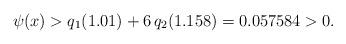
LaTeX: \begin{align*}\psi(x)> q_1(1.01) +6 \, q_2(1.158) = 0.057584>0.\end{align*}